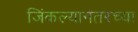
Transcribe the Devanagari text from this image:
जिंकल्यानंतरच्या